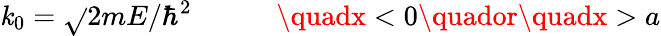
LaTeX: \mathit{k}_{0}={\sqrt{}{{2mE/\hbar^{2}}}}\quad\quad\quad\quadx<0\quador\quadx>a